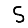
Digit: 5